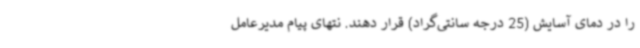
را در دمای آسایش (25 درجه سانتی‌گراد) قرار دهند. نتهای پیام مدیرعامل